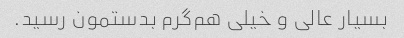
بسیار عالی و خیلی هم‌گرم بدستمون رسید.